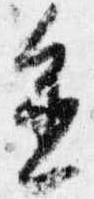
進